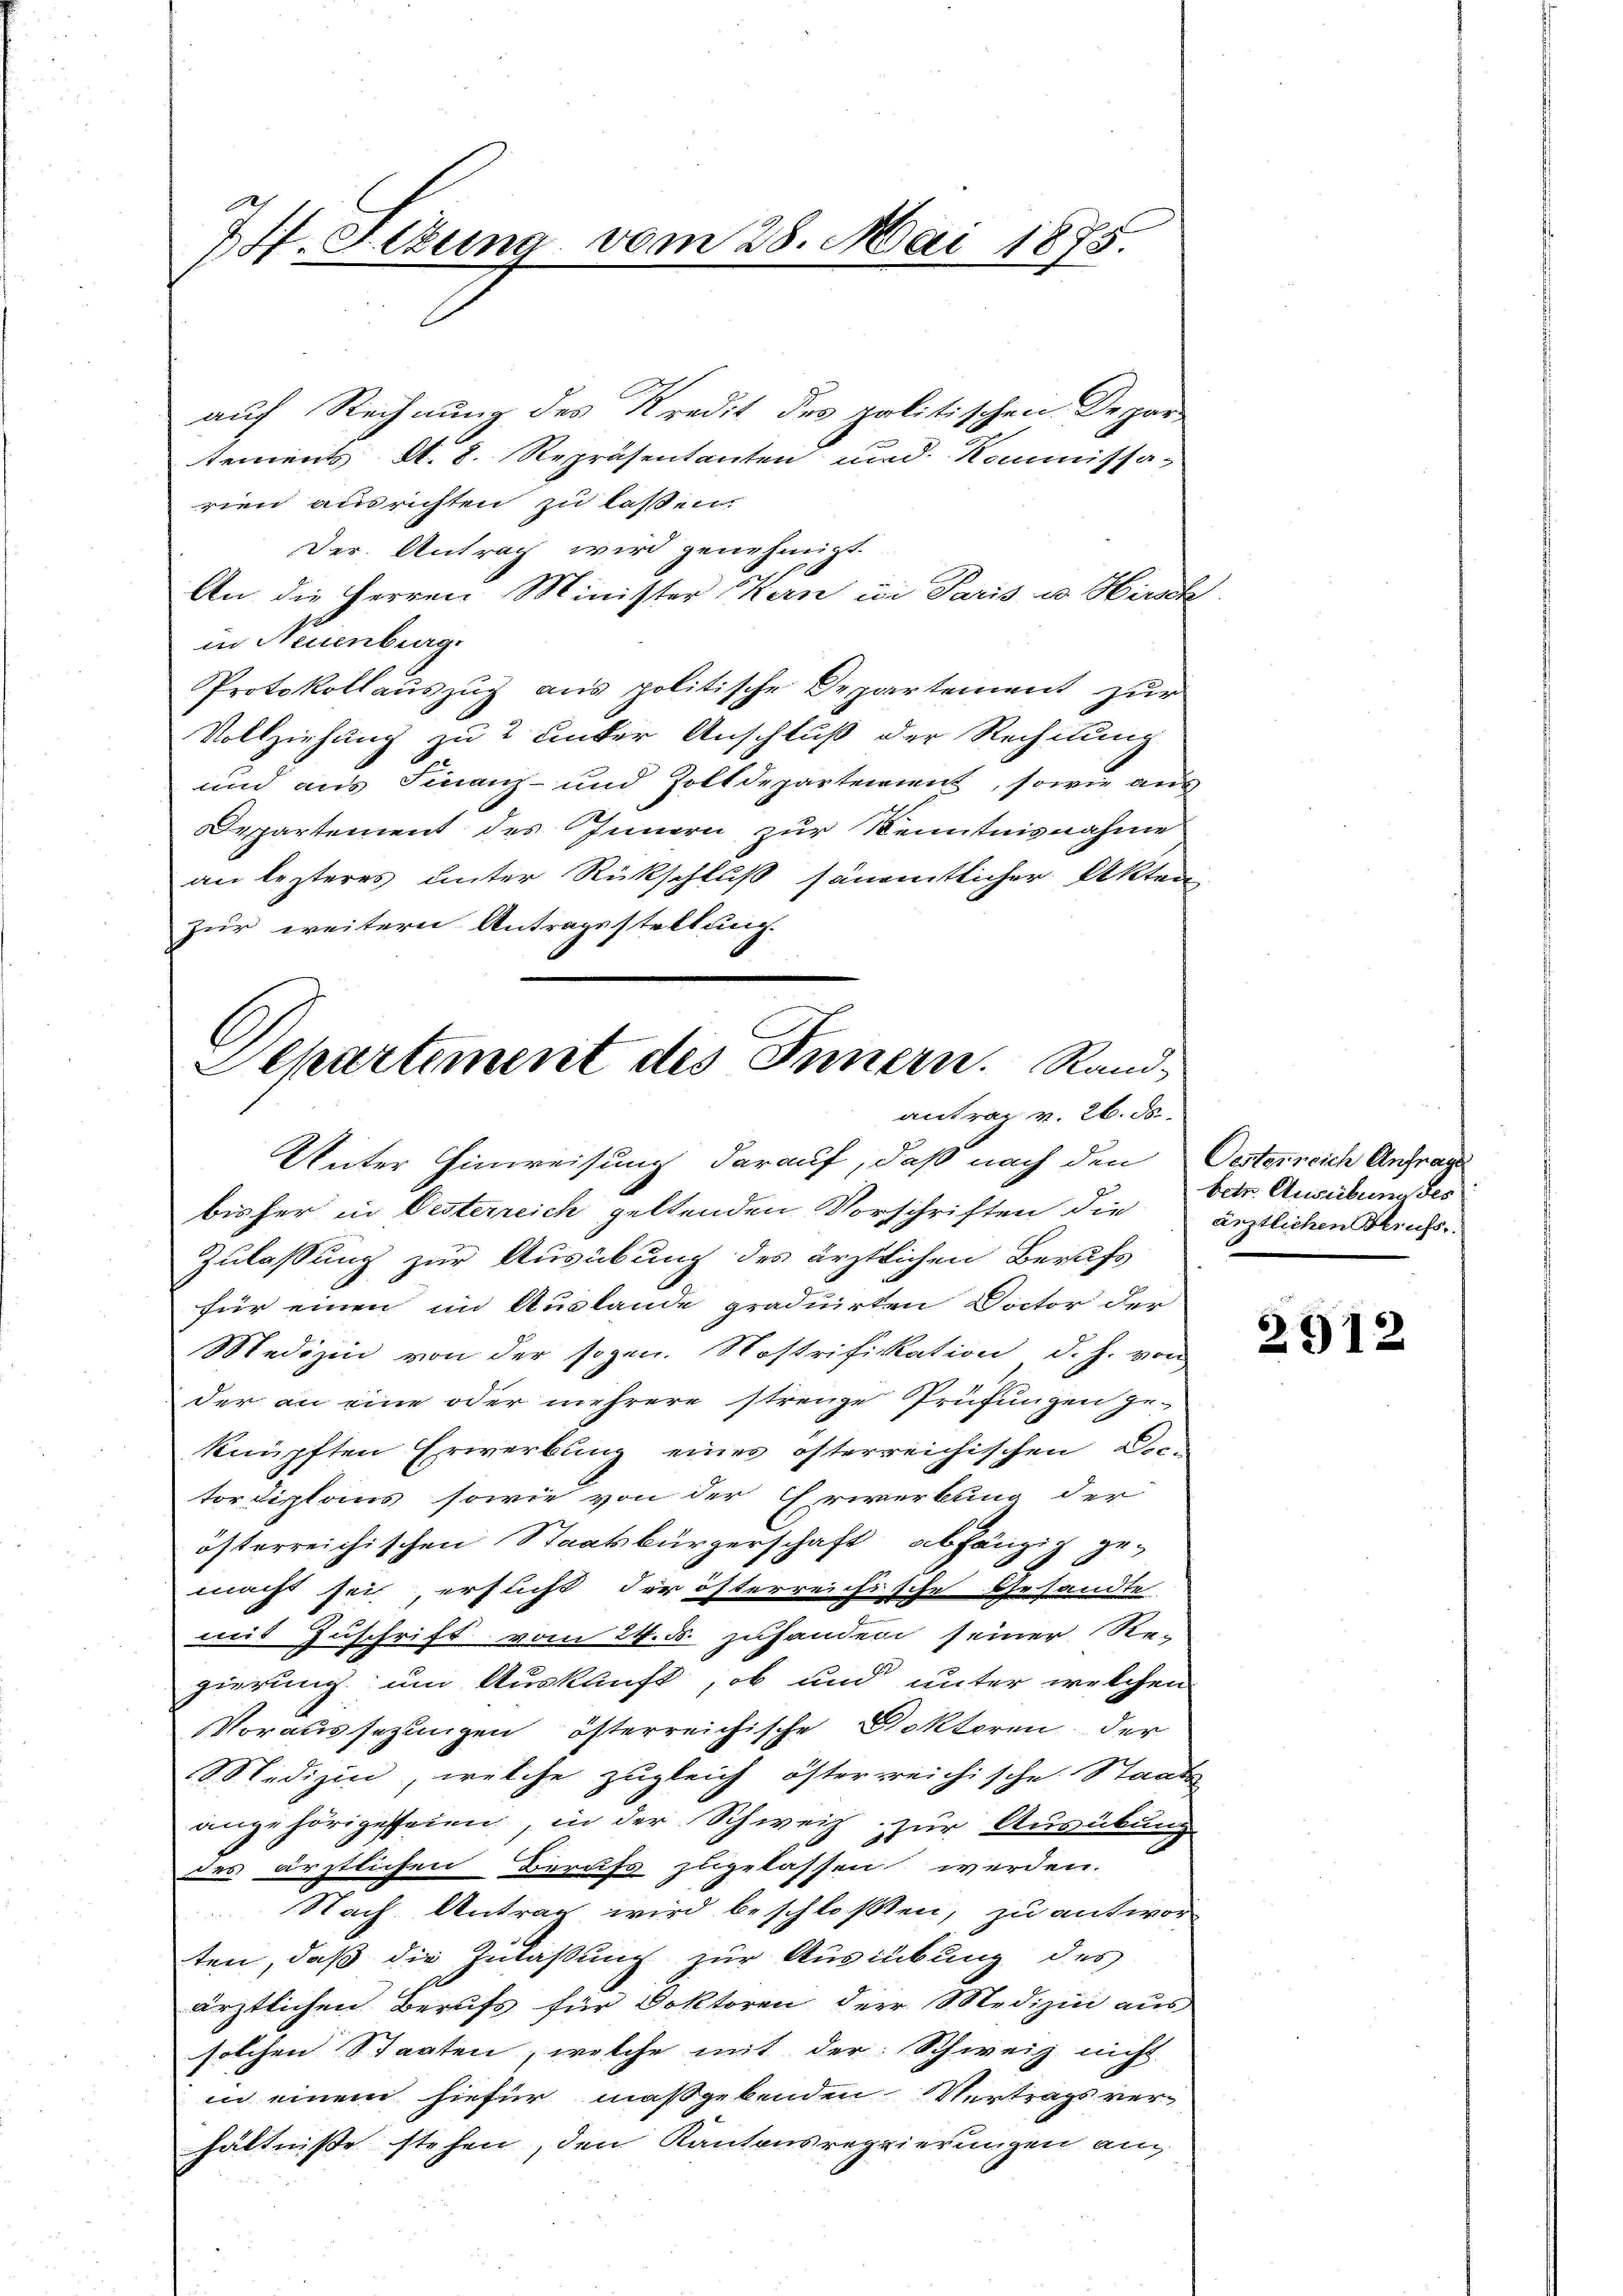
7. Sekung vom 28. Mai 1875.

auf Rechnung des Kredit des politischen Departements S. 8. Repräsentanten und Kommissa-
rien ausrichten zu laßen.
Der Antrag wird genehmigt.
An die Herren Minister Kern in Paris u. Hirsch
in Neuenburg.
Protokollauszug aus politische Departement zur
Vollziehung zu 2 unter Anschluß der Rechnung
und aus Finanz- und Zolldepartement, sowie aus
Departement des Innern zur Kenntnisnahme
an lezteres unter Rückschluß sämmtlicher Akten
zur weitern Antragsstellung.

A
Separtiment des Innern. Randantrag v. 26. ds.

Unter Hinweisung darauf, daß nach den Oesterreich Antrag
bisher in Oesterreich geltenden Vorschriften die ärztlichen Bruchs
Zulaßung zur Ausübung des ärztlichen Berufs
für einen im Auslande graduirten Doctor der
Medizin von der sogen. Nostrifikation d. J. von
der an eine oder mehrere strenge Prüfungen ge-
knüpften Erwerbung eines öfterreichischen Dic-
tordiploms, sowie von der Erwerbung der
österreichischen Staatsbürgerschaft abhängig ge-
macht sei ersucht der österreichische Gesandte
mit Zuschrift vom 24. d. zuhanden seiner Re-
gierung um Auskunft, ob und unter welchen
Voraussezungen österreichische Doktoren der
Medizin, welche zugleich österreichische Staats-
angehöriges seien, in der Schweiz zur Ausübung
des ärztlichen Berufs zugelassen werden.
Nach Antrag wird beschloßen, zu antwor-
ten, daß die Zulaßung zur Ausübung des
ärztlichen Berufs für Doktoren der Medizin aus
solchen Staaten, welche mit der Schweiz nicht
in einem hiefür maßgebenden Vertrags ver-
hältnisse stehen, den Kantonsregierungen an

betr. Ausübung des

2912